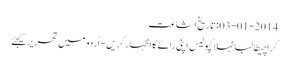
03-01-2014 :تاریخ اشاعت
کراچیطالبانہلاکپولیس اپنی رائے کا اظہار کریں - اُردو میں تحریر کیجئے